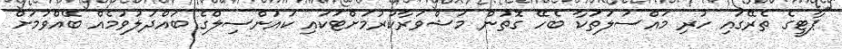
"ޕާޓީގެ ތެރޭގައި ހުރި މައްސަލަތަކާ ބެހޭ ގޮތުން މަޝްވަރާކުރުމަށްޓަކައި ކައުންސިލްގެ ބައްދަލުވުމެއް ބޭއްވުމަށް